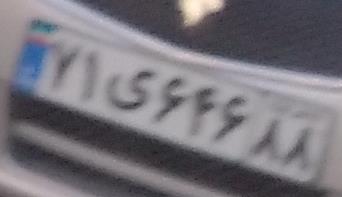
۷۱ی۶۴۶۶۶